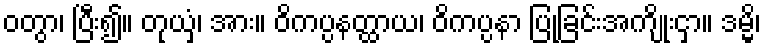
ဝတွာ၊ ပြီး၍။ တုယှံ၊ အား။ ဝိကပ္ပနတ္ထာယ၊ ဝိကပ္ပနာ ပြုခြင်းအကျိုးငှာ။ ဒမ္မိ၊